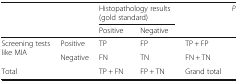
<table><thead><tr><td rowspan="2"></td><td rowspan="2"></td><td colspan="2"><b>Histopathology results (gold standard)</b></td><td rowspan="2"></td><td rowspan="2"><b><i>P</i></b></td></tr><tr><td><b>Positive</b></td><td><b>Negative</b></td></tr></thead><tbody><tr><td rowspan="2">Screening tests like MIA</td><td>Positive</td><td>TP</td><td>FP</td><td>TP + FP</td><td rowspan="3"></td></tr><tr><td>Negative</td><td>FN</td><td>TN</td><td>FN + TN</td></tr><tr><td>Total</td><td></td><td>TP + FN</td><td>FP + TN</td><td>Grand total</td></tr></tbody></table>